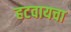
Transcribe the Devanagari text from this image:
हटवायचा